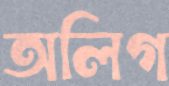
অলিগ